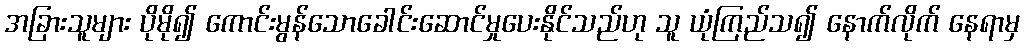
အခြားသူများ ပိုမို၍ ကောင်းမွန်သောခေါင်းဆောင်မှုပေးနိုင်သည်ဟု သူ ယုံကြည်သ၍ နောက်လိုက် နေရာမှ